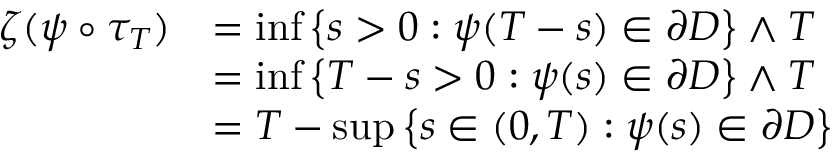
\begin{array} { r l } { \zeta ( \psi \circ \tau _ { T } ) } & { = \operatorname* { i n f } \left\{ s > 0 : \psi ( T - s ) \in \partial D \right\} \wedge T } \\ & { = \operatorname* { i n f } \left\{ T - s > 0 : \psi ( s ) \in \partial D \right\} \wedge T } \\ & { = T - \operatorname* { s u p } \left\{ s \in ( 0 , T ) : \psi ( s ) \in \partial D \right\} } \end{array}